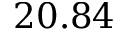
2 0 . 8 4